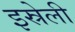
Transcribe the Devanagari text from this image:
इस्रेली